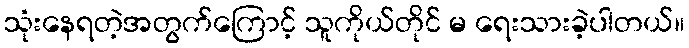
သုံးနေရတဲ့အတွက်ကြောင့် သူကိုယ်တိုင် မ ရေးသားခဲ့ပါတယ်။